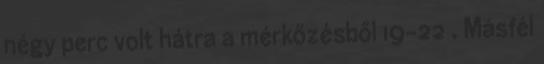
négy perc volt hátra a mérkőzésből 19-22 . Másfél